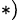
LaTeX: ^{*)}